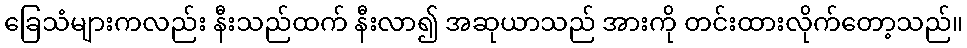
ခြေသံများကလည်း နီးသည်ထက် နီးလာ၍ အဆုယာသည် အားကို တင်းထားလိုက်တော့သည်။